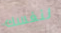
لنفسك